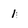
Character: 1